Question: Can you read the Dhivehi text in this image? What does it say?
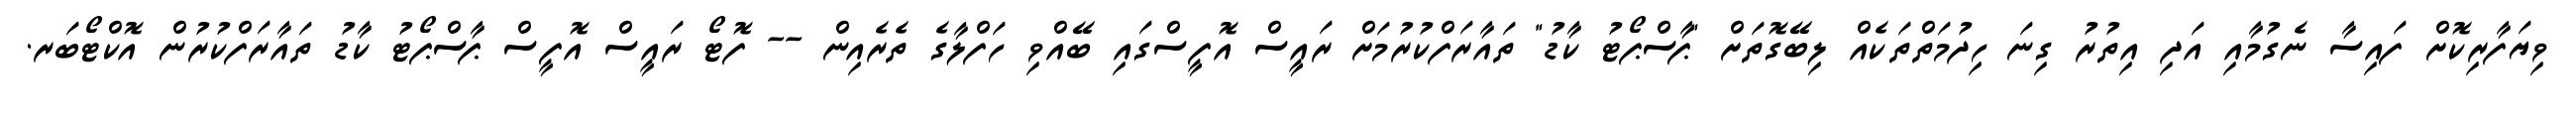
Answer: ވިޔަފާރިކޮށް ފައިސާ ނެގުމާއި އަދި އިތުރު ގިނަ ހިދުމަތްތަކެއް ލިބޭގޮތަށް "ޕާސްޕޯޓު ކާޑު" ތައާރަފްކުރުމަށް ރައީސް އޮފީސްގައި ބޭއްވި ހަފްލާގެ ތެރެއިން -- ފޮޓޯ ރައީސް އޮފީސް ޕާސްޕޯޓު ކާޑު ތައާރަފްކުރުން އޮކްޓޯބަރ.